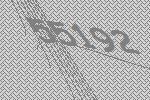
55192